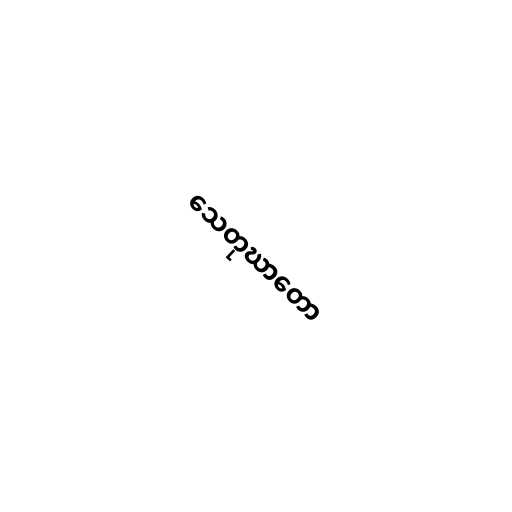
သေတုဃာတော